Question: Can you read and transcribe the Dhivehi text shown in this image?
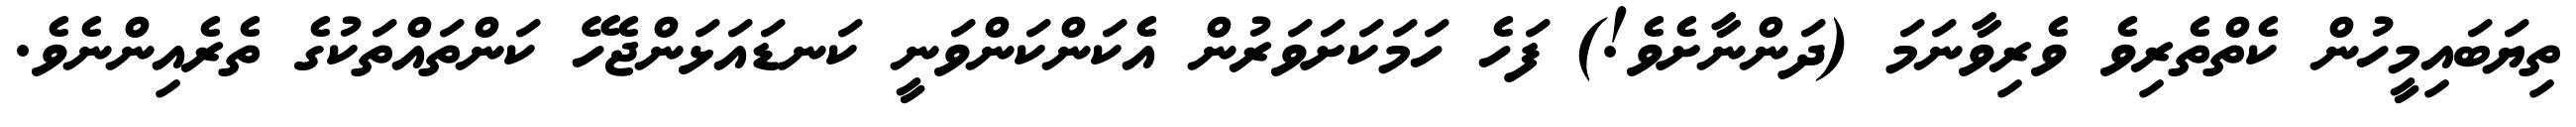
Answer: ތިޔަބައިމީހުން ކެތްތެރިވެ ވެރިވާނަމަ (ދަންނާށެވެ!) ފަހެ ހަމަކަށަވަރުން އެކަންކަންވަނީ ކަނޑައަޅަންޖެހޭ ކަންތައްތަކުގެ ތެރެއިންނެވެ.